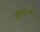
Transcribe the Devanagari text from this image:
कांडाली